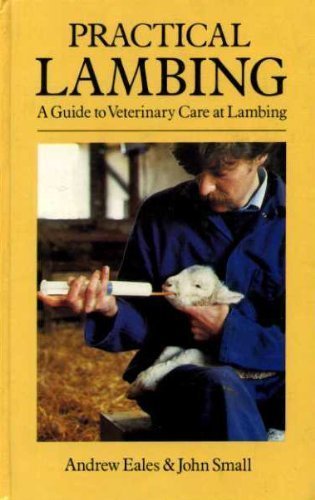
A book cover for Practical Lambing: A Guide to Veterinary Care at Lambing; F. A. Eales; Medical Books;